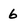
Character: 6